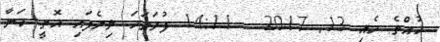
ޙުއްތެ މެއި 13